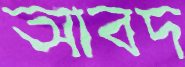
আবদ